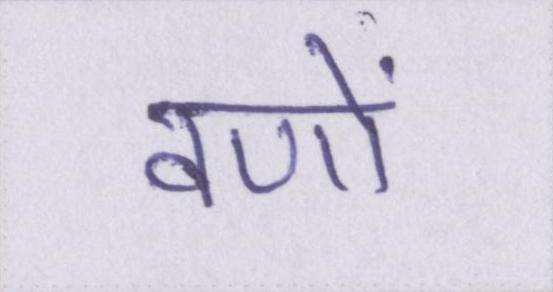
वणों